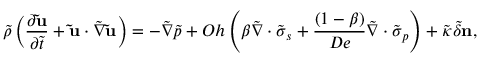
\Tilde { \rho } \left( \frac { \partial \mathbf { \Tilde { u } } } { \partial \Tilde { t } } + \mathbf { \Tilde { u } } \cdot \Tilde { \boldsymbol { \nabla } } \mathbf { \Tilde { u } } \right) = - \Tilde { \boldsymbol { \nabla } } \Tilde { p } + O h \left( \beta \Tilde { \boldsymbol { \nabla } } \cdot \boldsymbol { \Tilde { \sigma } } _ { s } + \frac { \left( 1 - \beta \right) } { D e } \Tilde { \boldsymbol { \nabla } } \cdot \boldsymbol { \Tilde { \sigma } } _ { p } \right) + \Tilde { \kappa } \Tilde { \delta } \mathbf { n } ,